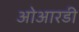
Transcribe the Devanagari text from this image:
ओआरडी